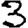
Digit: 3